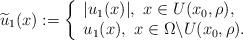
LaTeX: \begin{align*}\widetilde{u}_{1}(x):=\left\{\begin{array}{ll} |u_{1}(x)|,\,\,x\in U(x_{0},\rho),\\ u_{1}(x), \,\,x\in \Omega\backslash U(x_{0},\rho). \\\end{array}\right.\end{align*}